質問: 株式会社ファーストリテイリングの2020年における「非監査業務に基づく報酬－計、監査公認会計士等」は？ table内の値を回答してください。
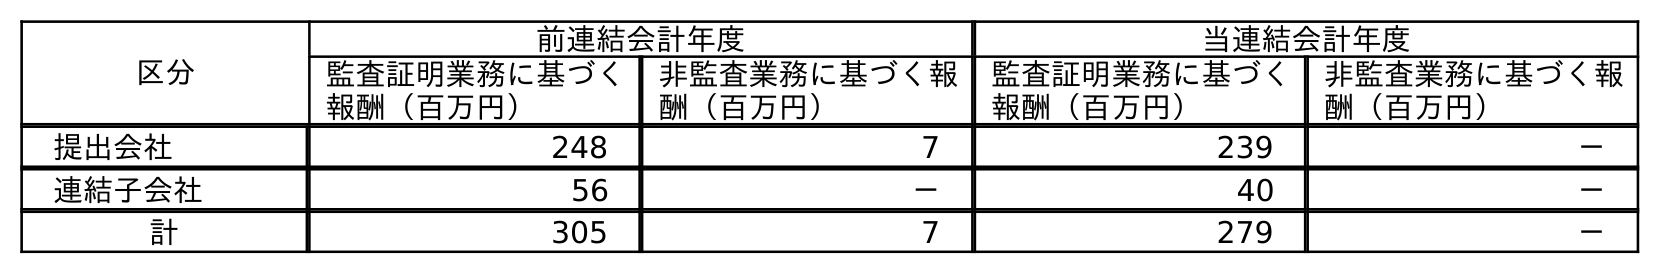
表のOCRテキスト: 区分 前連結会計年度 当連結会計年度 監査証明業務に基づく 報酬（百万円） 非監査業務に基づく報 酬（百万円） 監査証明業務に基づく 報酬（百万円） 非監査業務に基づく報 酬（百万円） 提出会社 248 7 239 － 連結子会社 56 － 40 － 計 305 7 279 －
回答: －